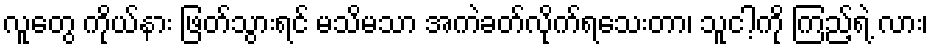
လူတွေ ကိုယ်နား ဖြတ်သွားရင် မသိမသာ အကဲခတ်လိုက်ရသေးတာ၊ သူငါ့ကို ကြည့်ရဲ့ လား၊